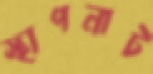
স্থাপনাট